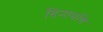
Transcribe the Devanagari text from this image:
दिनामणि